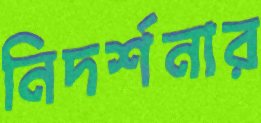
নিদর্শনার